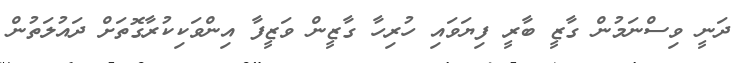
ދަނީ ވިސްނަމުން ގާޒީ ބާރީ ފިޔަވައި ހުރިހާ ގާޒީން ވަޒީފާ އިންވަކިކުރާގޮތަށް ދައުލަތުން